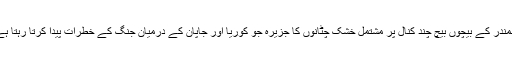
سمندر کے بیچوں بیچ چند کنال پر مشتمل خشک چٹانوں کا جزیرہ جو کوریا اور جاپان کے درمیان جنگ کے خطرات پیدا کرتا رہتا ہے۔